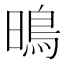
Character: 𭧘